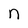
Character: n